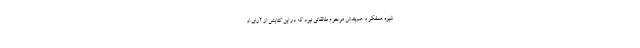
شیوه همفکر و هم‌بندش مرحوم طالقانی نبود که در این کتابش از آرای او